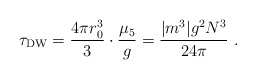
\begin{align*}\tau_{\rm DW} =\frac{4\pi r_0^3}{3} \cdot \frac{\mu_5}{g} = \frac{ |m^3| g^2 N^3}{24\pi}\ .\end{align*}